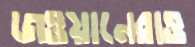
জওয়ানেরাও